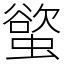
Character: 螸